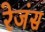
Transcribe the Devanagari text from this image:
रेजंस